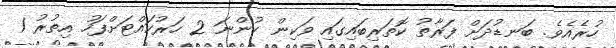
ހުރެއެވެ. ބަނޑުދަށް ފަރާތު ކޮތަރިބައިގައި ވަކިން ހުންނަ 2 ހަރުކައްޓަށްފަހު އިތުރު 1